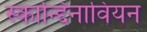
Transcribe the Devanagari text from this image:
स्कान्द्दिनावियन